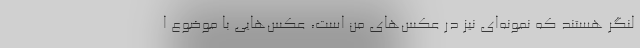
لنگر هستند که نمونه‌ای نیز در عکس‌های من است، عکس‌هایی با موضوع ا